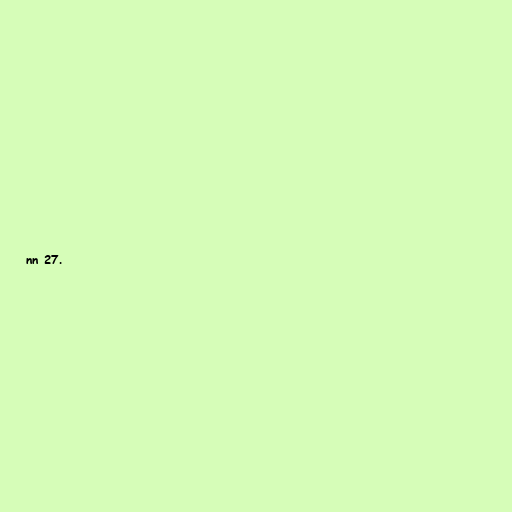
nn 27.